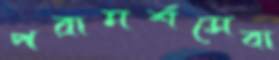
পরামর্শসেবা